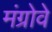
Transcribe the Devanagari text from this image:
मंग्रोवे